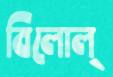
বিলোল্